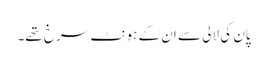
پان کی لالی سے ان کے ہونٹ سرخ تھے۔